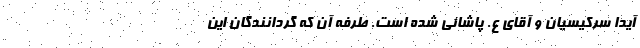
آیدا سرکیسیان و آقای ع. پاشائی شده است. طرفه آن که گردانندگان این